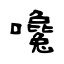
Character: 嚵